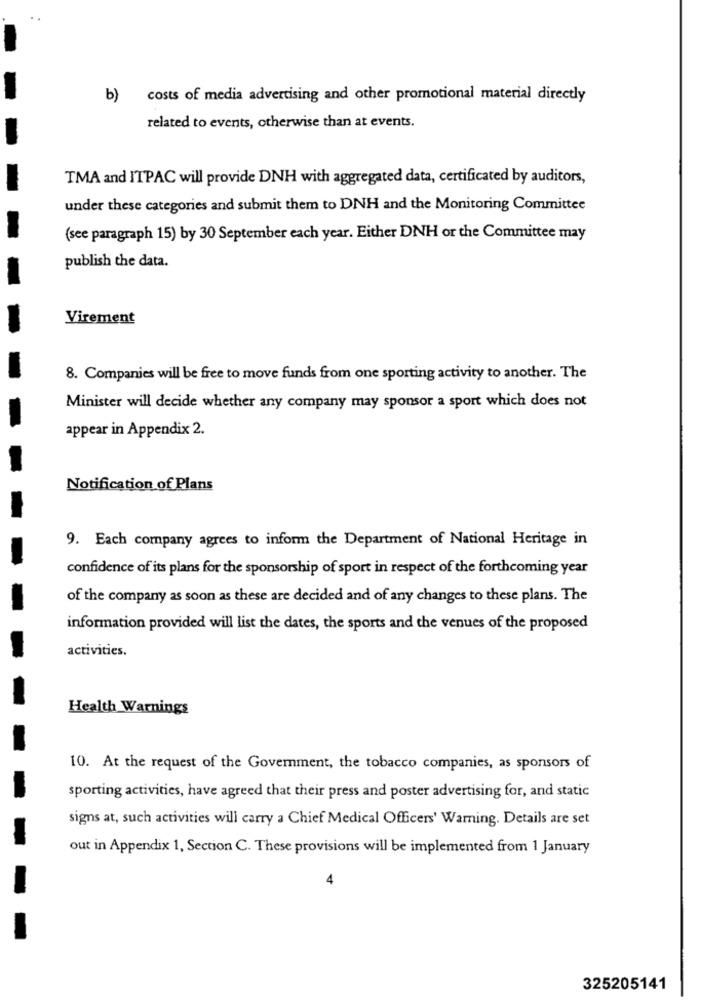
b) costs of media advertising and other promotional material directly
related to events, otherwise than at events.
TMA and ITPAC will provide DNH with aggregated data, certificated by auditors,
under these categories and submit them to DNH and the Monitoring Committee
(see paragraph 15) by 30 September each year. Either DNH or the Committee may
publish the data.
Virement
8. Companies will be free to move funds from one sporting activity to another. The
Minister will decide whether any company may sponsor a sport which does not
appear in Appendix 2.
Notification of Plans
9. Each company agrees to inform the Department of National Heritage in
confidence of its plans for the sponsorship of sport in respect of the forthcoming year
of the company as soon as these are decided and of any changes to these plans. The
information provided will list the dates, the sports and the venues of the proposed
activities.
Health Warnings
10. At the request of the Goverment, the tobacco companies, as sponsors of
sporting activities, have agreed that their press and poster advertising for, and static
signs at, such activities will carry a Chief Medical Officers' Warning. Details are set
out in Appendix 1, Section C. These provisions will be implemented from 1 January
4
325205141